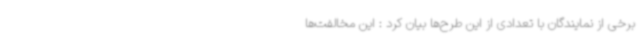
برخی از نمایندگان با تعدادی از این طرح‌ها بیان کرد : این مخالفت‌ها